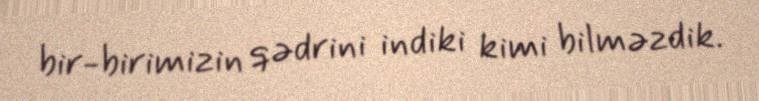
bir-birimizin qədrini indiki kimi bilməzdik.